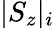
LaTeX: |S_{z}|_{i}